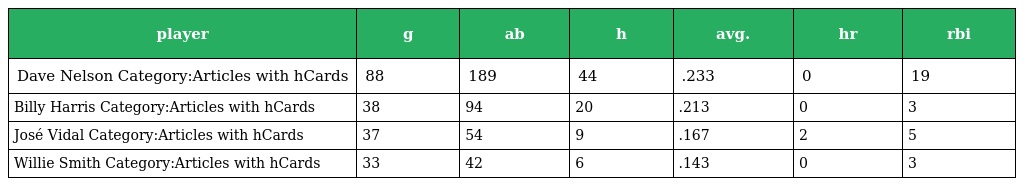
| player | g | ab | h | avg. | hr | rbi |
 | --- | --- | --- | --- | --- | --- | --- |
 | Dave Nelson Category:Articles with hCards | 88 | 189 | 44 | .233 | 0 | 19 |
 | Billy Harris Category:Articles with hCards | 38 | 94 | 20 | .213 | 0 | 3 |
 | José Vidal Category:Articles with hCards | 37 | 54 | 9 | .167 | 2 | 5 |
 | Willie Smith Category:Articles with hCards | 33 | 42 | 6 | .143 | 0 | 3 |